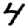
Digit: 4